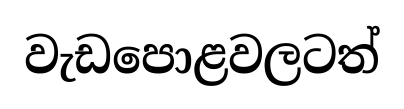
වැඩපොළවලටත්